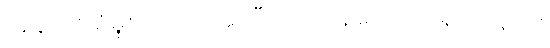
အန်ဖတ်စို့မူးလဲတယ်ဆိုပြီး အကုန်သောက်ရှက်ကွဲမှာ။